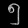
Digit: ၅